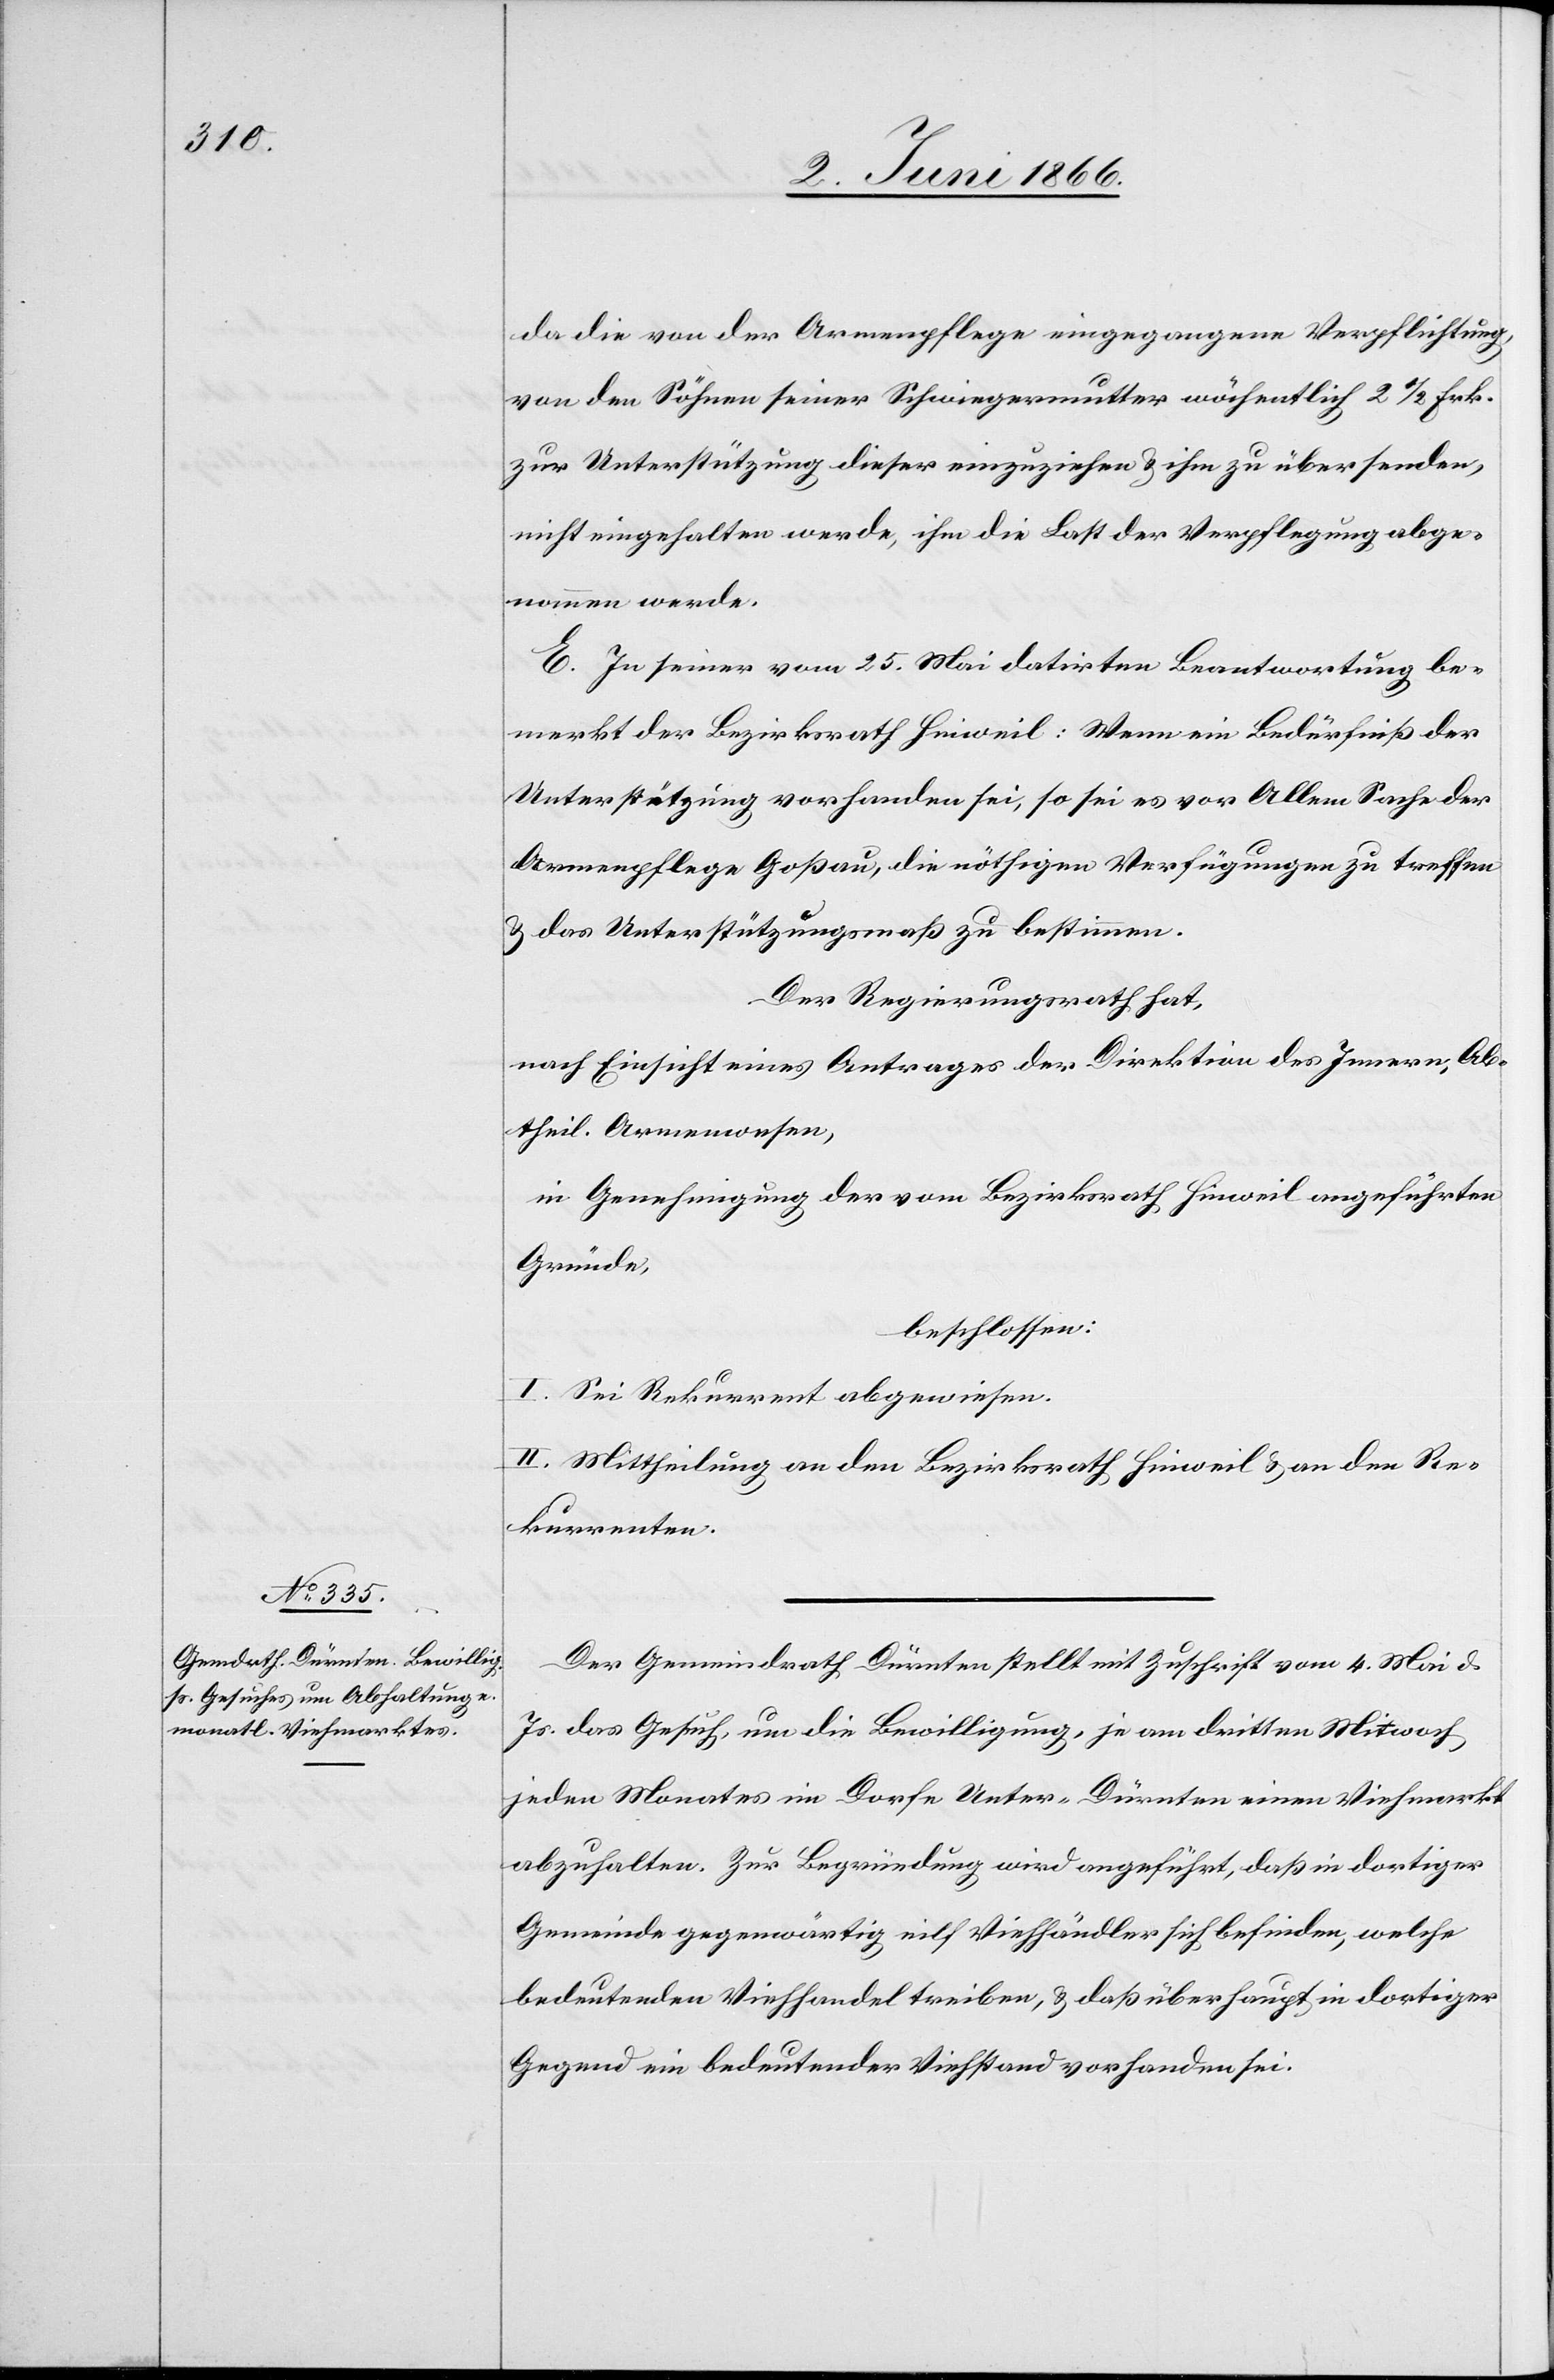
da die von der Armenpflege eingegangene Verpflichtung,
von den Söhnen seiner Schwiegermutter wöchentlich 2 ½ Frk.
zur Unterstützung dieser einzuziehen u. ihm zu übersenden,
nicht eingehalten werde, ihm die Last der Verpflegung abge¬
nommen werde.
E. In seiner vom 25. Mai datirten Beantwortung be¬
merkt der Bezirksrath Hinweil: Wenn ein Bedürfniß der
Unterstützung vorhanden sei, so sei es vor Allem Sache der
Armenpflege Goßau, die nöthigen Verfügungen zu treffen
u. das Unterstützungsmaß zu bestimmen.
Der Regierungsrath hat,
nach Einsicht eines Antrages der Direktion des Innern, Ab¬
theil. Armenwesen,
in Genehmigung der vom Bezirksrath Hinweil angeführten
Gründe,
beschlossen:
I. Sei Rekurrent abgewiesen.
II. Mittheilung an den Bezirksrath Hinweil u. an den Re¬
kurrenten.
Der Gemeindrath Dürnten stellt mit Zuschrift vom 4. Mai d.
Js. das Gesuch, um die Bewilligung, je am dritten Mitwoch,
jeden Monates im Dorfe Unter-Dürnten einen Viehmarkt
abzuhalten. Zur Begründung wird angeführt, daß in dortiger
Gemeinde gegenwärtig eilf Viehhändler sich befinden, welche
bedeutenden Viehhandel treiben, u. daß überhaupt in dortiger
Gegend ein bedeutender Viehstand vorhanden sei.